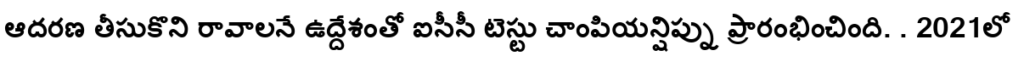
ఆదరణ తీసుకొని రావాలనే ఉద్దేశంతో ఐసీసీ టెస్టు చాంపియన్షిప్ను ప్రారంభించింది. . 2021లో